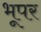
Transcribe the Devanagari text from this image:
भूपर